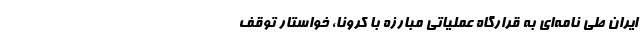
ایران طی نامه‌ای به قرارگاه عملیاتی مبارزه با کرونا، خواستار توقف